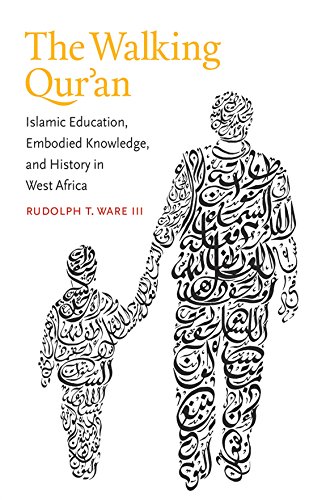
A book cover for The Walking Qur'an: Islamic Education, Embodied Knowledge, and History in West Africa (Islamic Civilization and Muslim Networks); Rudolph T. Ware; Religion & Spirituality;